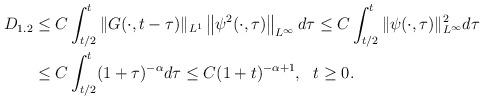
LaTeX: \begin{align*}D_{1.2}&\le C\int_{t/2}^{t}\|G(\cdot, t-\tau)\|_{L^{1}}\left\|\psi^{2}(\cdot, \tau)\right\|_{L^{\infty}}d\tau \le C\int_{t/2}^{t}\|\psi(\cdot, \tau)\|_{L^{\infty}}^{2}d\tau\\&\le C\int_{t/2}^{t}(1+\tau)^{-\alpha}d\tau \le C(1+t)^{-\alpha+1}, \ \ t\ge0. \end{align*}